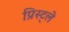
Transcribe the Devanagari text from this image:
प्रिस्ट्ले